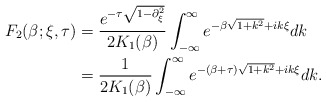
\begin{align*}F_{2}(\beta; \xi, \tau) &= \frac{e^{-\tau\sqrt{1-\partial_{\xi}^{2}}}}{2K_{1}(\beta)} \int_{-\infty}^{\infty} e^{-\beta\sqrt{1+k^{2}} + ik\xi} dk \\& = \frac{1}{2K_{1}(\beta)} \int_{-\infty}^{\infty} e^{- (\beta+\tau) \sqrt{1+k^{2}} + ik\xi} dk.\end{align*}